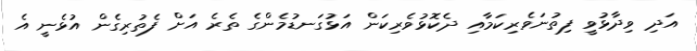
އަދި ވިދާޅުވީ ފިތުނަވެރިކަމާއި ދެކޮޅުވެރިކަން އަޅުގަނޑުމެންގެ ތެރެ އަށް ފެތުރިގެން އުޅެނީ އެ